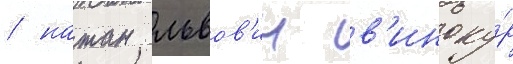
/ натан львов'ич в'иноку́р